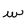
Character: w